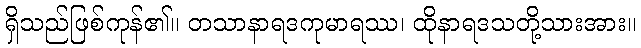
ရှိသည်ဖြစ်ကုန်၏။ တသာနာရဒကုမာရဿ၊ ထိုနာရဒသတို့သားအား။